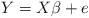
\begin{align*}Y=X\beta + e\end{align*}